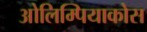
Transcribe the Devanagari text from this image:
ओलिम्पियाकोस